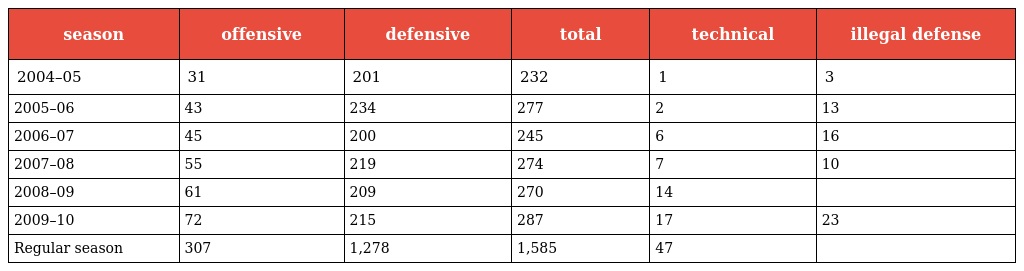
| season | offensive | defensive | total | technical | illegal defense |
 | --- | --- | --- | --- | --- | --- |
 | 2004–05 | 31 | 201 | 232 | 1 | 3 |
 | 2005–06 | 43 | 234 | 277 | 2 | 13 |
 | 2006–07 | 45 | 200 | 245 | 6 | 16 |
 | 2007–08 | 55 | 219 | 274 | 7 | 10 |
 | 2008–09 | 61 | 209 | 270 | 14 |  |
 | 2009–10 | 72 | 215 | 287 | 17 | 23 |
 | Regular season | 307 | 1,278 | 1,585 | 47 |  |